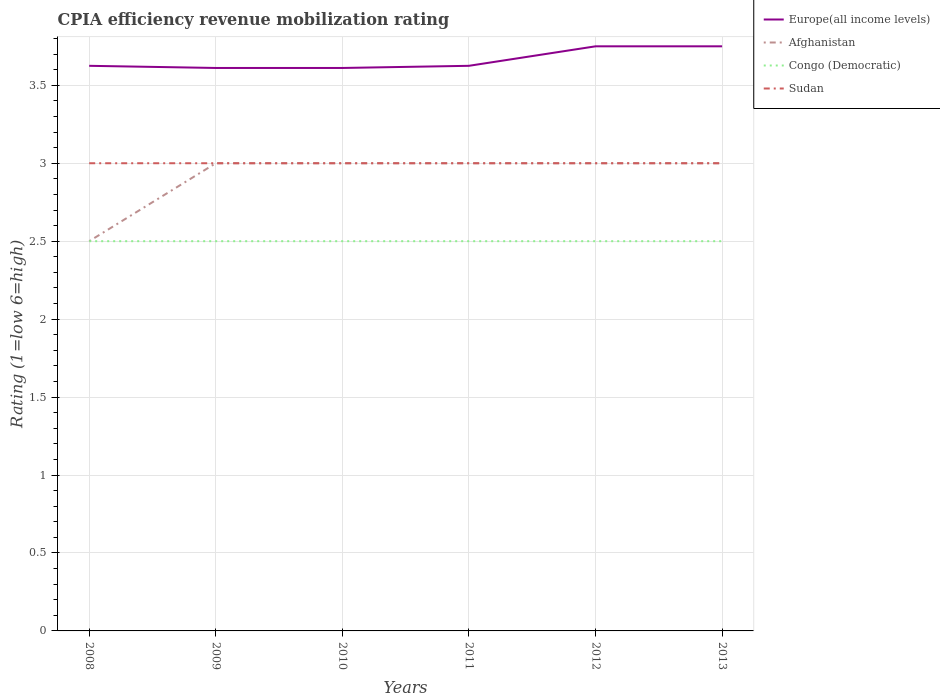
| Years | Europe(all income levels) | Afghanistan | Congo (Democratic) | Sudan |
 | --- | --- | --- | --- | --- |
 | 2008 | 3.62 | 2.5 | 2.5 | 3 |
 | 2009 | 3.61 | 3 | 2.5 | 3 |
 | 2010 | 3.61 | 3 | 2.5 | 3 |
 | 2011 | 3.62 | 3 | 2.5 | 3 |
 | 2012 | 3.75 | 3 | 2.5 | 3 |
 | 2013 | 3.75 | 3 | 2.5 | 3 |